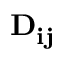
\mathbf { D _ { i j } }